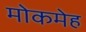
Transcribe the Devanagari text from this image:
मोकमेह